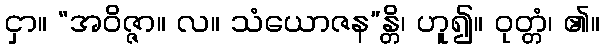
ငှာ။ “အဝိဇ္ဇာ။ လ။ သံယောဇန”န္တိ၊ ဟူ၍။ ဝုတ္တံ၊ ၏။